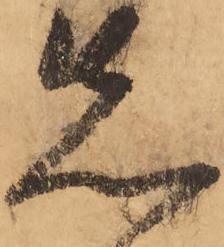
先